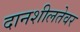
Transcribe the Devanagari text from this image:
दानशीलतेवर